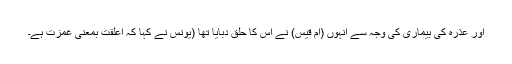
اور عذرہ کی بیماری کی وجہ سے انہوں (اُمّ قیس) نے اس کا حلق دبایا تھا (یونس نے کہا کہ اعلقت بمعنی غمزت ہے۔